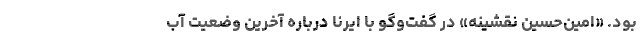
بود. «امین‌حسین نقشینه» در گفت‌وگو با ایرنا درباره آخرین وضعیت آب